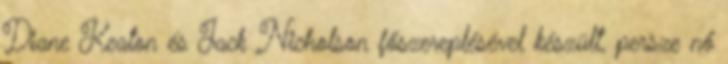
Diane Keaton és Jack Nicholson főszereplésével készült, persze nő